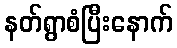
နတ်ရွာစံပြီးနောက်